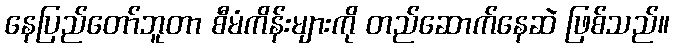
နေပြည်တော်ဘူတာ စီမံကိန်းများကို တည်ဆောက်နေဆဲ ဖြစ်သည်။